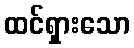
ထင်ရှားသော